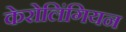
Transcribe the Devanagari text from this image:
केरोलिंगियन